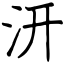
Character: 汧